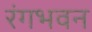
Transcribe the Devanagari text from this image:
रंगभवन